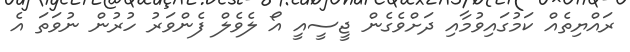
ރައްޔިތެއް ކަމުގައިވުމާއި ދަށްވެގެން ޖީސީއީ އޯ ލެވެލް ފެންވަރު ހުރުން ނުވަތަ އެ